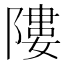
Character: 𨻻